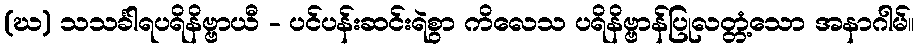
(ဃ) သသင်္ခါရပရိနိဗ္ဗာယီ - ပင်ပန်းဆင်းရဲစွာ ကိလေသ ပရိနိဗ္ဗာန်ပြုလတ္တံ့သော အနာဂါမ်။